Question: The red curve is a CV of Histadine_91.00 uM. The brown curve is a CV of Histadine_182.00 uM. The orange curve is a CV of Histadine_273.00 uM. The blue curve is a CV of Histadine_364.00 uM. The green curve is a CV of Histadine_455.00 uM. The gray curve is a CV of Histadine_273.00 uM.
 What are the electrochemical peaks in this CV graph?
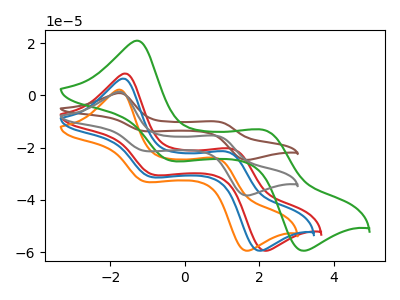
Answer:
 <answer>The red curve "Histadine_91.00 uM" has anodic peaks at (-1.60V, 8.40uA) (1.30V, -20.50uA) and cathodic peaks at (-0.80V, -30.45uA) (2.15V, -59.45uA). The brown curve "Histadine_182.00 uM" has anodic peaks at (-1.75V, 2.90uA) (0.85V, -31.00uA) and cathodic peaks at (-1.05V, -42.60uA) (1.65V, -76.60uA). The orange curve "Histadine_273.00 uM" has anodic peaks at (-1.75V, 2.25uA) (0.85V, -24.05uA) and cathodic peaks at (-1.05V, -33.10uA) (1.65V, -59.45uA). The blue curve "Histadine_364.00 uM" has anodic peaks at (-1.65V, 6.50uA) (1.15V, -21.65uA) and cathodic peaks at (-0.90V, -31.25uA) (2.00V, -59.45uA). The green curve "Histadine_455.00 uM" has anodic peaks at (-1.30V, 21.00uA) (2.15V, -13.30uA) and cathodic peaks at (-0.35V, -25.05uA) (3.15V, -59.45uA). The gray curve "Histadine_273.00 uM" has anodic peaks at (-1.75V, 1.45uA) (0.85V, -15.50uA) and cathodic peaks at (-1.05V, -21.30uA) (1.65V, -38.30uA).</answer>
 <eval></eval>